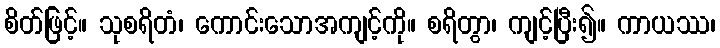
စိတ်ဖြင့်။ သုစရိတံ၊ ကောင်းသောအကျင့်ကို။ စရိတွာ၊ ကျင့်ပြီး၍။ ကာယဿ၊